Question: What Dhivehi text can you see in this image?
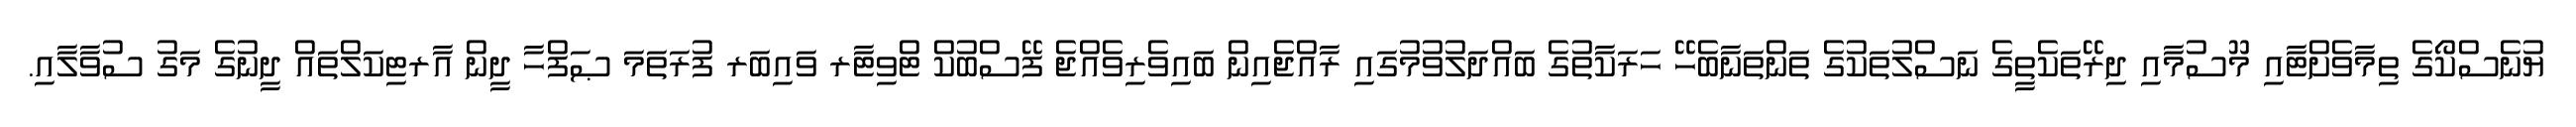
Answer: ޔުނެސްކޯގެ ތިމާވެށްޓާއި މޫސުމާއި ދިރޭތަކެތީގެ ނަސްލުތަކުގެ ތަންތަނާބެހޭ ހަރަކާތުގެ ބައްދަލުވުމުގައި ރާއްޖެއިން ބައިވެރިވެއްޖެ ފޭސްބުކް ޓްވިޓާރ ވައިބަރ ފުރަތަމަ ޞަފްހާ ދީން އާރޓިކަލްތައް ދީނުގެ މަގު ސުވާލާއި.